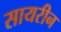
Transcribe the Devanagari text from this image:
सायरीन